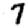
Digit: 7